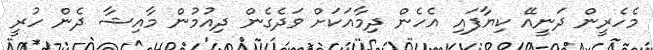
މެހެރީން ދަނީއޭ ކިޔާފައި އެހެން ދިމާއަކަށް ވަދެގެން ދިއުމުން މާއިޝާ ދެން ހުރީ